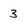
Character: 3